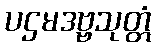
ပဌမဒဗ္ဗသုတ္တံ